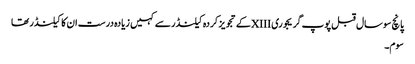
پانچ سو سال قبل پوپ گریجوری XIIIکے تجویز کردہ کیلنڈر سے کہیں زیادہ درست ان کا کیلنڈر تھا
سوم۔